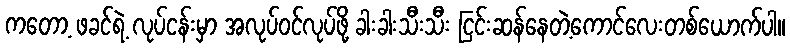
ကတော့ ဖခင်ရဲ့ လုပ်ငန်းမှာ အလုပ်ဝင်လုပ်ဖို့ ခါးခါးသီးသီး ငြင်းဆန်နေတဲ့ကောင်လေးတစ်ယောက်ပါ။